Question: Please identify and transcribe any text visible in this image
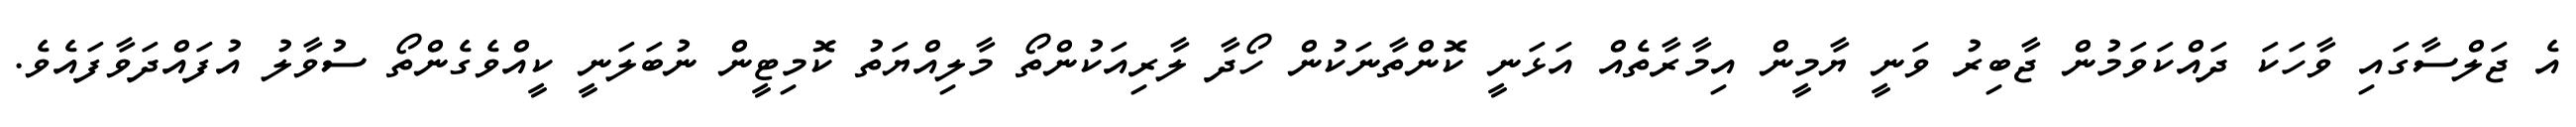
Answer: އެ ޖަލްސާގައި ވާހަކަ ދައްކަވަމުން ޖާބިރު ވަނީ ޔާމީން އިމާރާތެއް އަޅަނީ ކޮންތާނަކުން ހޯދާ ލާރިއަކުންތޯ މާލިއްޔަތު ކޮމިޓީން ނުބަލަނީ ކީއްވެގެންތޯ ސުވާލު އުފައްދަވާފައެވެ.